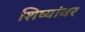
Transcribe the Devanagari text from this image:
शिष्यांवर